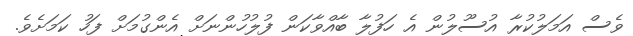
ވެސް އަމަލުކުރާ އުސޫލުން އެ ހަފުލާ ބާއްވާކަން ފުލުހުންނަށް އެންގުމަށް ފަހު ކަމަށެވެ.